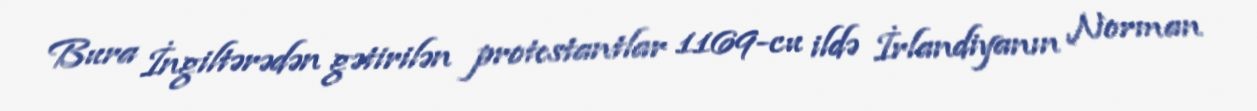
Bura İngiltərədən gətirilən protestantlar 1169-cu ildə İrlandiyanın Norman